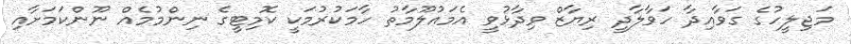
މަޖިލީހުގެ ގަވާއިދާ ހަވާލާދީ ރިޔާޒް ވިދާޅުވީ އެމައުލޫމާތު ހާމަކުރުމަކީ ކޮމިޓީގެ ނިންމުމެއް ނޫންކަމަށާއި